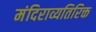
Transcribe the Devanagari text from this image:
मंदिराव्यतिरिक्त